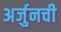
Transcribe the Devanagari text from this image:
अर्जुनची